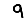
Digit: 9